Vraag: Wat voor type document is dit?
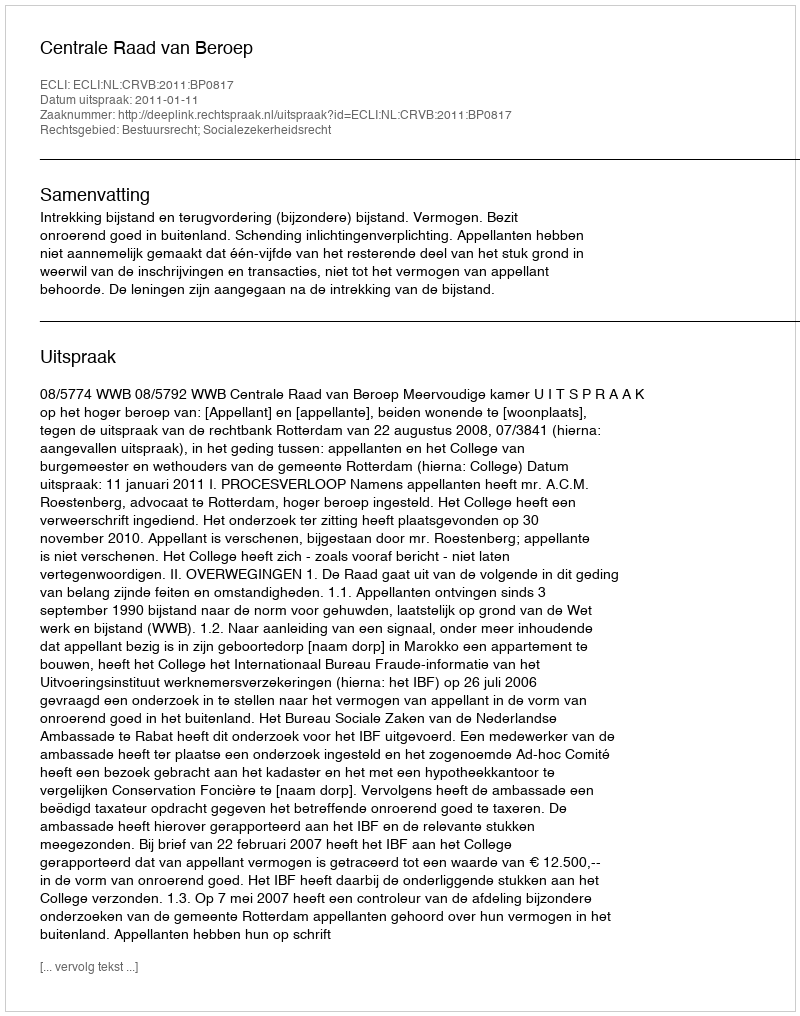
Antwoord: Uitspraak